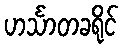
ဟင်္သာတခရိုင်